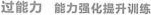
过能力 能力强化提升训练